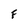
Character: F